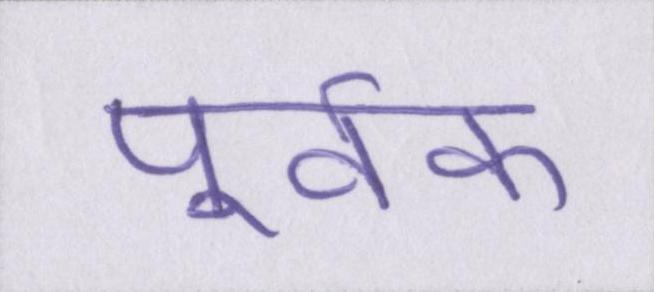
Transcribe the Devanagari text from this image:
पूर्वक